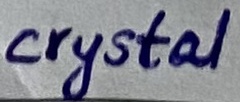
Text: crystal